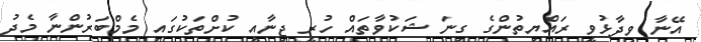
އޭނާ ވިދާޅުވީ ރައްޔިތުންގެ ގިނަ ޝަކުވާތައް ހުރީ ޖިނާއީ ކުށްތަކުގައި މެމްބަރުންނާ މެދު